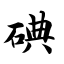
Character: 碘